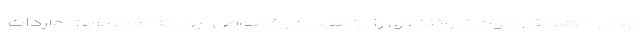
جواب معلولان حوادث رانندگی را بدهید. در خصوص این که ممنوعیت واردات